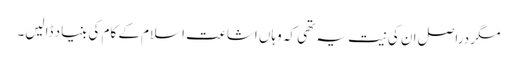
مگر دراصل ان کی نیت یہ تھی کہ وہاں اشاعت اسلام کے کام کی بنیاد ڈالیں۔